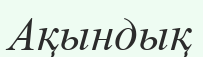
Ақындық